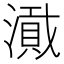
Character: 𪷎